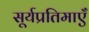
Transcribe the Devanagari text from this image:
सूर्यप्रतिमाएँ